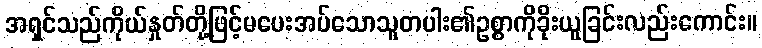
အရှင်သည်ကိုယ်နှုတ်တို့ဖြင့်မပေးအပ်သောသူတပါး၏ဥစ္စာကိုခိုးယူခြင်းလည်းကောင်း။